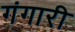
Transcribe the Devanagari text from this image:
गंगारी